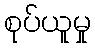
စုပ်ယူမှု